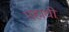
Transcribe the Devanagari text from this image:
महाथी